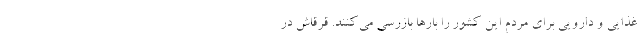
غذایی و دارویی برای مردم این کشور را بارها بازرسی می‌کنند. قرقاش در